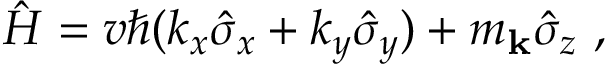
\hat { H } = v \hbar ( k _ { x } \hat { \sigma } _ { x } + k _ { y } \hat { \sigma } _ { y } ) + m _ { \mathbf { k } } \hat { \sigma } _ { z } \ ,